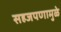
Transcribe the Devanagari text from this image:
सहजपणामुळे